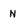
Character: n